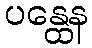
ပန္ထေန